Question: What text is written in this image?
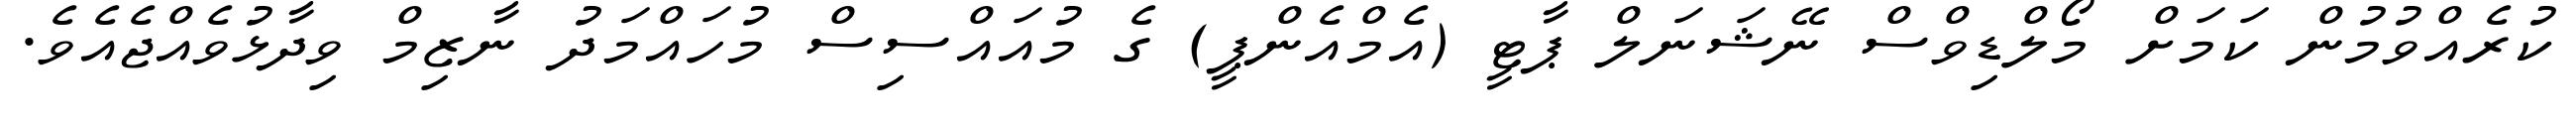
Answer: ކުރެއްވުމުން ކަމަށް މޯލްޑިވްސް ނޭޝަނަލް ޕާޓީ (އެމްއެންޕީ) ގެ މުއައްސިސް މުހައްމަދު ނާޒިމް ވިދާޅުވެއްޖެއެވެ.